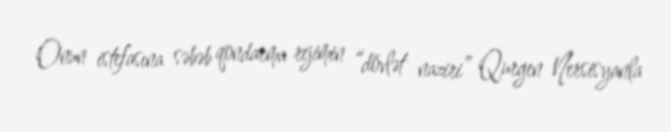
Onun istefasına səbəb qondarma rejimin “dövlət naziri” Qurgen Nersisyanla